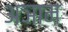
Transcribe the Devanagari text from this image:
अञाम